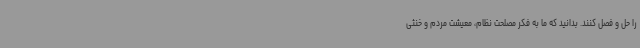
را حل و فصل کنند. بدانید که ما به فکر مصلحت نظام، معیشت مردم و خنثی